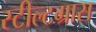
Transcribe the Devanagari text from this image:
स्टील्टग्रास